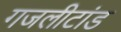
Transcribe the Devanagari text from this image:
गजलीटांड